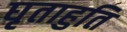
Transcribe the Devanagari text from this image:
घृताहुति